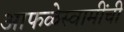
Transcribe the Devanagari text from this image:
आफळेस्वामींची